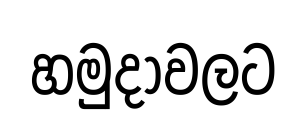
හමුදාවලට